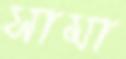
সামা